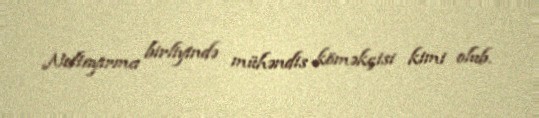
Neftayırma birliyində mühəndis köməkçisi kimi olub.